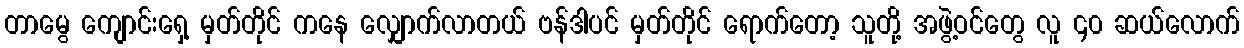
တာမွေ ကျောင်းရှေ့ မှတ်တိုင် ကနေ လျှောက်လာတယ် ဗန်ဒါပင် မှတ်တိုင် ရောက်တော့ သူတို့ အဖွဲ့ဝင်တွေ လူ ၄၀ ဆယ်လောက်